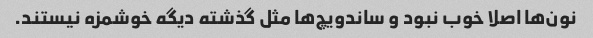
نون‌ها اصلا خوب نبود و ساندویچ‌ها مثل گذشته دیگه خوشمزه نیستند.